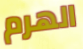
الهرم